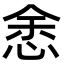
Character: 悆